Sketch of the medical history of the native army of Bombay, for the year
Year: 1872
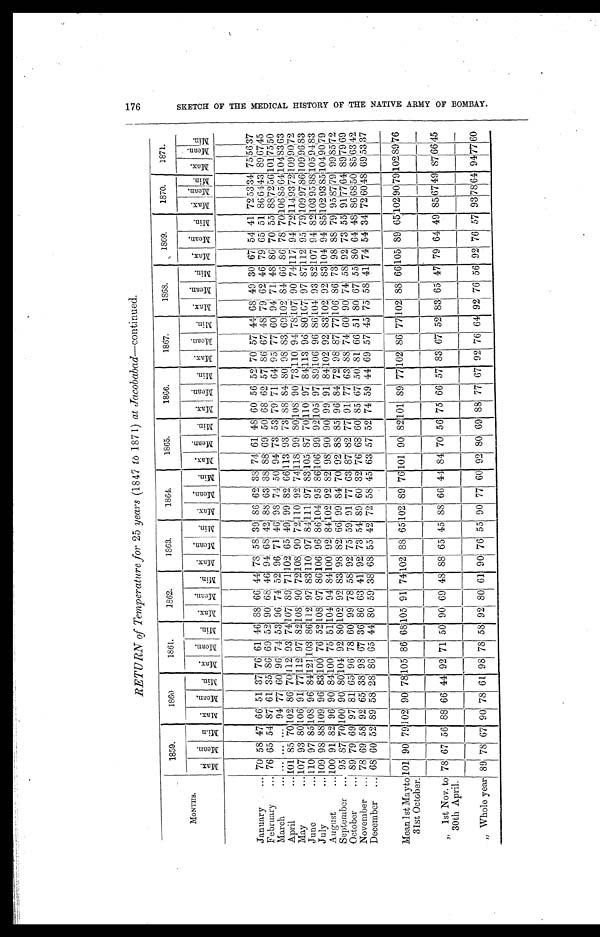
RETURN of Temperature for 25 years (1847 to 1871) at Jacobabad. - continued.
MONTHS.
1859.
1860
1861.
1862.
1863.
1864.
1865.
1866.
1867.
1868.
1869.
1870.
1871.
M a x .
M e a n . M i n .
M a x .
M e a n . M i n .
M a x .
M e a n . M i n .
M a x .
M e a n . M i n .
M a x .
M e a n . M i n . M a x .
M e a n . M i n .
M a x . M e a n .
M i n .
M a x .
M e a n .
M i n .
M a x .
M e a n .
M i n . M a x .
M e a n .
M i n .
M a x .
M e a n .
M i n .
M a x .
M e a n .
M i n .
M a x .
M e a n .
M i n .
January
7 0
5 8
4 7
6 6
5 1
3 7
7 6
6 1
4 6
8 8
6 6
4 4
7 8
5 8
3 9
8 6
6 2
3 8
7 4
6 1
4 8
6 0
5 6
5 2
7 0
5 7
4 4
6 8
4 9
3 0
6 7
5 4
4 1
7 2 5 3 3 4
7 5
5 6
3 7
February
7 6
6 5
5 4
8 7
6 1
3 5
8 6
6 9
5 2
9 0
6 8
4 6
9 4
6 8
4 2
8 8
6 3
3 8
8 8
6 9
5 0
6 8
6 2
5 7
8 6
6 7
4 8
7 9
6 2
4 6
7 9
6 5
5 1 8 6
6 4 4 3 8 9
6 7 4 5
March
. . .
. . .
. . .
9 4
7 7
6 0
9 6
7 4
5 3
9 6
7 4
5 2
9 6
7 1
4 6
9 8
7 4
5 0
9 4
7 3
5 3
7 9
7 1
6 4
9 5
7 7
6 0
9 4
7 1
4 8
8 6
7 0
5 5 8 8
7 2 5 6 1 0 1
7 5 5 0
April
1 0 1
8 5
7 0 1 0 2
8 6 7 0
1 1 2
9 3
7 4 1 0 7
8 9
7 1
1 0 2
6 5
4 9
9 9
8 2 6 6
1 1 3
9 3
7 3
8 8
8 4
8 0
9 8
8 3 6 9
1 0 2
8 4
6 6 8 6
7 8 7 0
1 0 6
8 5 6 4
1 0 4 8 3 6 3
May
1 0 7
9 3 8 0
1 0 6
9 1 7 7
1 1 2
9 7 8 2
1 0 8
9 0 7 2
1 0 8
9 0 7 2
1 1 0
9 2 7 4
1 1 8
9 9 8 0
1 0 8
9 0 7 3
1 1 0
9 4 7 8
1 0 7
9 0 7 4
1 1 7
9 4 7 2
1 1 4
9 3 7 2 1 0 9
9 0 7 2
June
1 1 0
9 7 8 5
1 0 8
9 6 8 4
1 2 1
1 0 3
8 6
1 1 2
9 7 8 3
1 1 0
9 7 8 4
1 1 1
9 7 8 3
1 0 5
8 7 7 0
1 1 0
9 7 8 4
1 1 3
9 6 8 0
1 6 7
9 7 8 7
1 1 2
9 5 7 9
1 0 9
9 7 8 6 1 0 9
9 6 8 3
July
1 0 9
9 8
8 8 1 0 9
9 6
8 3 1 0 0
7 6
5 2 1 0 8
9 7
8 6 1 0 6
9 6 8 6
1 0 4
9 5
8 6 1 0 6
9 9
9 2 1 0 5
9 7 8 9
1 0 6
9 6 8 6
1 0 4
9 3 8 2
1 0 7
9 4 8 2
1 0 3
9 5 8 8 1 0 5
9 4 8 3
August
1 0 0
9 1
8 2
9 6
9 0 8 4
1 0 0
7 5 5 1
1 0 4
9 4
8 4 1 0 0
9 2
8 4
1 0 2
9 2
8 2
9 8
9 0
9 0
9 9
9 1 8 4
1 0 2
9 2 8 3
1 0 2
9 2 8 3
1 0 4
9 4 8 5
1 0 2
9 3 8 5 1 0 4
9 0 7 9
September
9 5
8 7
7 0 1 0 0
9 0 8 0
1 0 4
9 2 8 0
1 0 2
9 2
8 3
9 8
8 2
6 6
9 9
8 4
7 0
9 2
8 8
8 5
9 6
8 4
7 2
9 8
8 7
7 7 1 0 6
8 6
7 3
9 8
8 8
7 9 9 5
8 7 7 9 9 9
8 5 7 2
October
8 9
7 9
6 9
9 7
8 1
6 5
9 6
7 8
6 0
9 9
7 8
5 8
9 2
7 5
5 9
9 1
7 7
6 3
8 7
8 2
7 7
9 1
7 7
6 3 8 8
7 4
6 0
9 0
7 4
5 8
9 2
7 3
5 5
9 1 7 7 6 4 8 9
7 9 6 9
November
7 8
6 9
5 8
9 2
6 5 3 8
9 8
6 7 3 6
8 6 6 3
4 1
9 2
7 3
5 4
8 9
6 0
3 2
7 6
6 8
6 0
8 5 6 7
5 0
8 1
6 6
5 1
8 0
6 7
5 5
8 0
6 4
4 8 8 6
6 8 5 0 8 5
6 3 4 2
December
6 8
6 0
5 2
8 9
5 8
2 8
8 6
6 5
4 4
8 0
5 9
3 8
6 8
5 5
4 2
7 2
5 8
4 5
6 3
5 7
5 2
7 4
5 9
4 4
6 9
5 7
4 5
7 5
5 8
4 1
7 4
5 4
3 4
7 2 6 0
4 8 6 9
5 3 3 7
Me a n 1 s t Ma y t o 3 1 s t Oc t o b e r .
1 0 1
9 0
7 9
1 0 2
9 0
7 8
1 0 5
8 6
6 8
1 0 5
9 1
7 4 1 0 2
8 8
6 5
1 0 2
8 9
7 6
1 0 1
9 0
8 2 1 0 1
8 9 7 7
1 0 2
8 6
7 7
1 0 2
8 8
6 6 1 0 5
8 9 6 5
1 0 2
9 0 7 9 1 0 2
8 9 7 6
" 1st Nov. to
30th April.
7 8
6 7
5 6
8 8
6 6
4 4
9 2
7 1
5 0
9 0
6 0
4 8
8 8
6 5
4 5
8 8
6 6
4 4
8 4
7 0
5 6
7 5
6 6
5 7
8 3
6 7
5 2
8 3
6 5
4 7
7 9
6 4
4 9
8 5
6 7 4 9
8 7 6 6 4 5
" Whole year.
8 9
7 8
6 7
9 0
7 8
6 1
9 8
7 8
5 8
9 2
8 0
6 1
9 0
7 6
5 5
9 0
7 7
6 0
9 2
8 0
6 9
8 8
7 7
6 7
9 2
7 6
6 4
9 2
7 6
5 6
9 2
7 6
5 7
9 3
7 8 6 4
9 4 7 7 6 0
1 7 6 S K E T C H O F T H E M E D I C A L H I S T O R Y O F T H E N A T I V E A R M Y O F B O M B A Y .